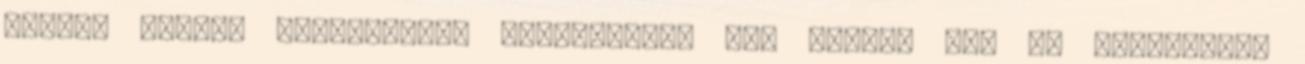
sűrűbb állagú koncentrált eszpresszó. Jól ismert még az Americano,